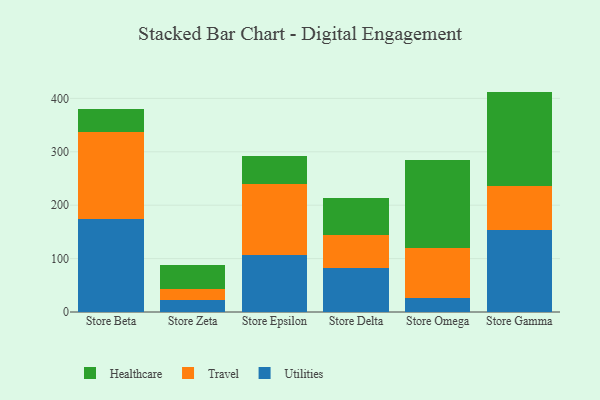
{"axis": {"x": "Store", "y": "Gross Profit (USD K)"}, "legend": ["Healthcare", "Travel", "Utilities"], "data": [{"x": "Store Beta", "y": 173.3, "type": "Utilities"}, {"x": "Store Beta", "y": 163.6, "type": "Travel"}, {"x": "Store Beta", "y": 43.3, "type": "Healthcare"}, {"x": "Store Zeta", "y": 23.4, "type": "Utilities"}, {"x": "Store Zeta", "y": 18.8, "type": "Travel"}, {"x": "Store Zeta", "y": 46.6, "type": "Healthcare"}, {"x": "Store Epsilon", "y": 106.1, "type": "Utilities"}, {"x": "Store Epsilon", "y": 133.9, "type": "Travel"}, {"x": "Store Epsilon", "y": 53.0, "type": "Healthcare"}, {"x": "Store Delta", "y": 82.4, "type": "Utilities"}, {"x": "Store Delta", "y": 61.0, "type": "Travel"}, {"x": "Store Delta", "y": 69.4, "type": "Healthcare"}, {"x": "Store Omega", "y": 26.6, "type": "Utilities"}, {"x": "Store Omega", "y": 92.4, "type": "Travel"}, {"x": "Store Omega", "y": 166.0, "type": "Healthcare"}, {"x": "Store Gamma", "y": 153.8, "type": "Utilities"}, {"x": "Store Gamma", "y": 82.5, "type": "Travel"}, {"x": "Store Gamma", "y": 176.4, "type": "Healthcare"}]}